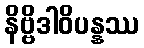
နိဗ္ဗိဒါဝိပန္နဿ